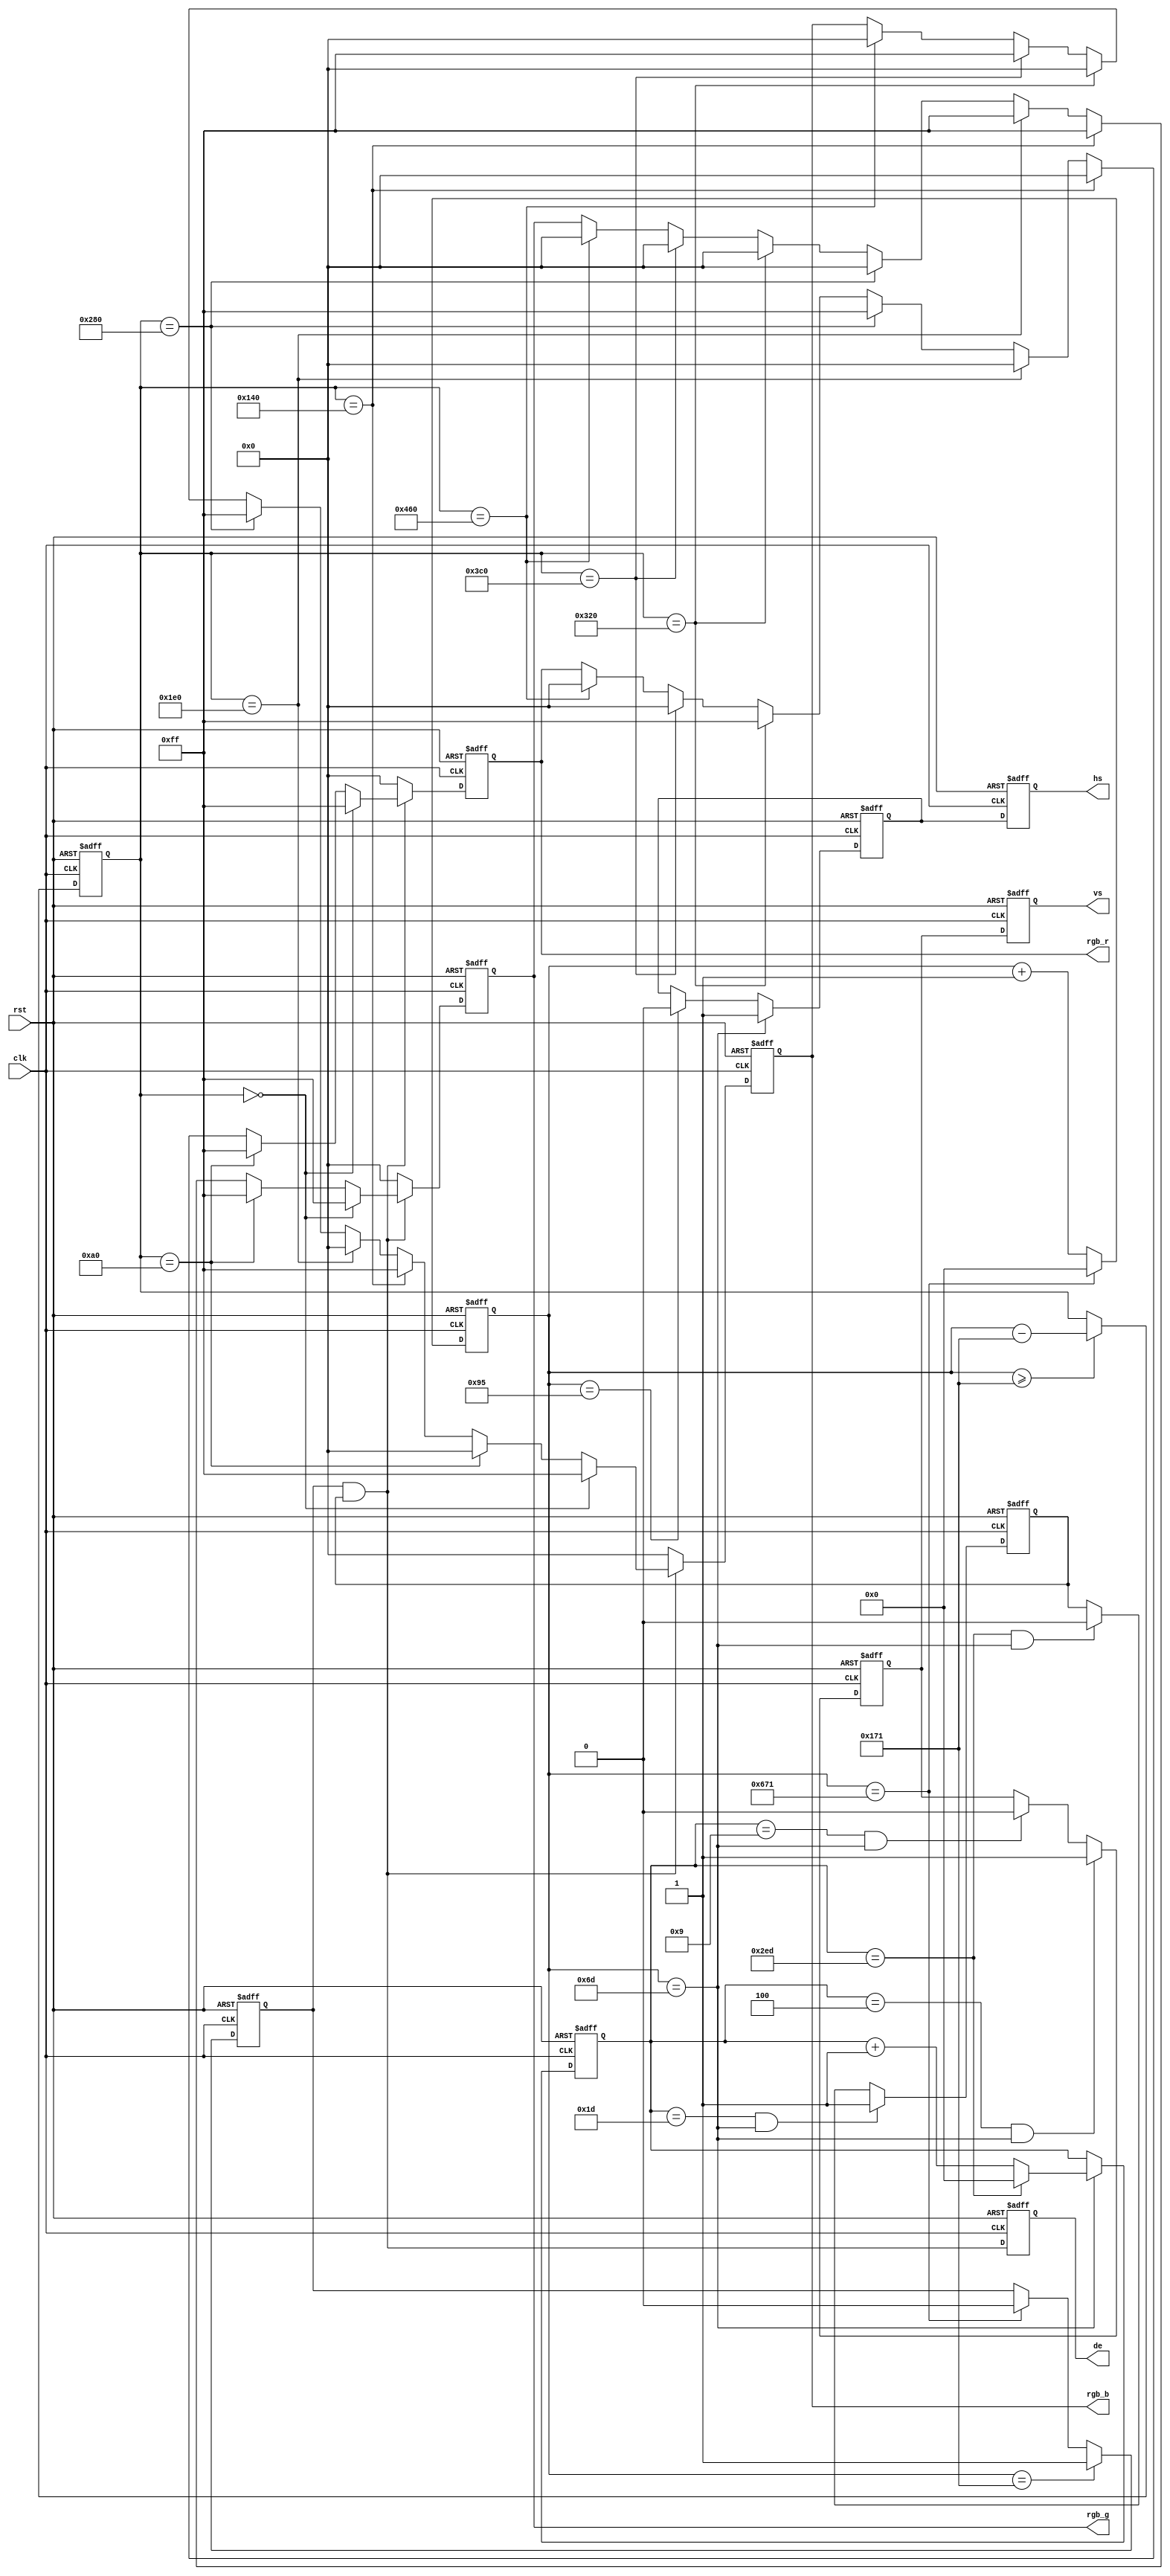
//*************************************************************************\
//==========================================================================
//   Description:
//  
//==========================================================================
//   Revision History:
//	Date		  By			Revision	Change Description
//--------------------------------------------------------------------------
//2013/5/7                     1.2         remove some warning
//2013/4/18                    1.1         vs timing
//2013/4/16	        		   1.0			Original
//*************************************************************************/
module color_bar(
	input clk,            //1280x720@60P74.25
	input rst,            //,
	output hs,            //
	output vs,            //
	output de,            //
	output[7:0] rgb_r,    //
	output[7:0] rgb_g,    //
	output[7:0] rgb_b     //
);
/***************************************************/
parameter H_ACTIVE = 16'd1280;  //
parameter H_FP = 16'd110;       //
parameter H_SYNC = 16'd40;      //
parameter H_BP = 16'd220;       //
parameter V_ACTIVE = 16'd720;   //
parameter V_FP 	= 16'd5;        //
parameter V_SYNC  = 16'd5;      //
parameter V_BP	= 16'd20;       //

//parameter H_ACTIVE = 16'd1920;
//parameter H_FP = 16'd88;
//parameter H_SYNC = 16'd44;
//parameter H_BP = 16'd148; 
//parameter V_ACTIVE = 16'd1080;
//parameter V_FP 	= 16'd4;
//parameter V_SYNC  = 16'd5;
//parameter V_BP	= 16'd36;
parameter H_TOTAL = H_ACTIVE + H_FP + H_SYNC + H_BP;//
parameter V_TOTAL = V_ACTIVE + V_FP + V_SYNC + V_BP;//
/*********RGB color bar*****************************/
parameter WHITE_R 		= 8'hff;
parameter WHITE_G 		= 8'hff;
parameter WHITE_B 		= 8'hff;
parameter YELLOW_R 		= 8'hff;
parameter YELLOW_G 		= 8'hff;
parameter YELLOW_B 		= 8'h00;                              	
parameter CYAN_R 		= 8'h00;
parameter CYAN_G 		= 8'hff;
parameter CYAN_B 		= 8'hff;                             	
parameter GREEN_R 		= 8'h00;
parameter GREEN_G 		= 8'hff;
parameter GREEN_B 		= 8'h00;
parameter MAGENTA_R 	= 8'hff;
parameter MAGENTA_G 	= 8'h00;
parameter MAGENTA_B 	= 8'hff;
parameter RED_R 		= 8'hff;
parameter RED_G 		= 8'h00;
parameter RED_B 		= 8'h00;
parameter BLUE_R 		= 8'h00;
parameter BLUE_G 		= 8'h00;
parameter BLUE_B 		= 8'hff;
parameter BLACK_R 		= 8'h00;
parameter BLACK_G 		= 8'h00;
parameter BLACK_B 		= 8'h00;
reg hs_reg;//,
reg vs_reg;//,
reg hs_reg_d0;//hs_reg
              //_d0d1d2
reg vs_reg_d0;//vs_reg
reg[11:0] h_cnt;//
reg[11:0] v_cnt;//
reg[11:0] active_x;//x
reg[11:0] active_y;//y
reg[7:0] rgb_r_reg;//r
reg[7:0] rgb_g_reg;//g
reg[7:0] rgb_b_reg;//b
reg h_active;//
reg v_active;//
wire video_active;//h_active & v_active
reg video_active_d0;
assign hs = hs_reg_d0;
assign vs = vs_reg_d0;
assign video_active = h_active & v_active;
assign de = video_active_d0;
assign rgb_r = rgb_r_reg;
assign rgb_g = rgb_g_reg;
assign rgb_b = rgb_b_reg;
always@(posedge clk or posedge rst)
begin
	if(rst)
		begin
			hs_reg_d0 <= 1'b0;
			vs_reg_d0 <= 1'b0;
			video_active_d0 <= 1'b0;
		end
	else
		begin
			hs_reg_d0 <= hs_reg;
			vs_reg_d0 <= vs_reg;
			video_active_d0 <= video_active;
		end
end

always@(posedge clk or posedge rst)
begin
	if(rst)
		h_cnt <= 12'd0;
	else if(h_cnt == H_TOTAL - 1)//
		h_cnt <= 12'd0;
	else
		h_cnt <= h_cnt + 12'd1;
end

always@(posedge clk or posedge rst)
begin
	if(rst)
		active_x <= 12'd0;
	else if(h_cnt >= H_FP + H_SYNC + H_BP - 1)//x
		active_x <= h_cnt - (H_FP[11:0] + H_SYNC[11:0] + H_BP[11:0] - 12'd1);
	else
		active_x <= active_x;
end

always@(posedge clk or posedge rst)
begin
	if(rst)
		v_cnt <= 12'd0;
	else if(h_cnt == H_FP  - 1)//H_FP - 1+1
		if(v_cnt == V_TOTAL - 1)//
			v_cnt <= 12'd0;
		else
			v_cnt <= v_cnt + 12'd1;//+1
	else
		v_cnt <= v_cnt;
end

always@(posedge clk or posedge rst)
begin
	if(rst)
		hs_reg <= 1'b0;
	else if(h_cnt == H_FP - 1)//...
		hs_reg <= 1'b1;
	else if(h_cnt == H_FP + H_SYNC - 1)//
		hs_reg <= 1'b0;
	else
		hs_reg <= hs_reg;
end

always@(posedge clk or posedge rst)
begin
	if(rst)
		h_active <= 1'b0;
	else if(h_cnt == H_FP + H_SYNC + H_BP - 1)
		h_active <= 1'b1;
	else if(h_cnt == H_TOTAL - 1)
		h_active <= 1'b0;
	else
		h_active <= h_active;
end

always@(posedge clk or posedge rst)
begin
	if(rst)
		vs_reg <= 1'd0;
	else if((v_cnt == V_FP - 1) && (h_cnt == H_FP - 1))
		vs_reg <= 1'b1;
	else if((v_cnt == V_FP + V_SYNC - 1) && (h_cnt == H_FP - 1))
		vs_reg <= 1'b0;	
	else
		vs_reg <= vs_reg;
end

always@(posedge clk or posedge rst)
begin
	if(rst)
		v_active <= 1'd0;
	else if((v_cnt == V_FP + V_SYNC + V_BP - 1) && (h_cnt == H_FP - 1))
		v_active <= 1'b1;
	else if((v_cnt == V_TOTAL - 1) && (h_cnt == H_FP - 1))
		v_active <= 1'b0;	
	else
		v_active <= v_active;
end

always@(posedge clk or posedge rst)
begin
	if(rst)
		begin
			rgb_r_reg <= 8'h00;
			rgb_g_reg <= 8'h00;
			rgb_b_reg <= 8'h00;
		end
	else if(video_active)
		if(active_x == 12'd0)
			begin
				rgb_r_reg <= WHITE_R;
				rgb_g_reg <= WHITE_G;
				rgb_b_reg <= WHITE_B;
			end
		else if(active_x == (H_ACTIVE/8) * 1)
			begin
				rgb_r_reg <= YELLOW_R;
				rgb_g_reg <= YELLOW_G;
				rgb_b_reg <= YELLOW_B;
			end			
		else if(active_x == (H_ACTIVE/8) * 2)
			begin
				rgb_r_reg <= CYAN_R;
				rgb_g_reg <= CYAN_G;
				rgb_b_reg <= CYAN_B;
			end
		else if(active_x == (H_ACTIVE/8) * 3)
			begin
				rgb_r_reg <= GREEN_R;
				rgb_g_reg <= GREEN_G;
				rgb_b_reg <= GREEN_B;
			end
		else if(active_x == (H_ACTIVE/8) * 4)
			begin
				rgb_r_reg <= MAGENTA_R;
				rgb_g_reg <= MAGENTA_G;
				rgb_b_reg <= MAGENTA_B;
			end
		else if(active_x == (H_ACTIVE/8) * 5)
			begin
				rgb_r_reg <= RED_R;
				rgb_g_reg <= RED_G;
				rgb_b_reg <= RED_B;
			end
		else if(active_x == (H_ACTIVE/8) * 6)
			begin
				rgb_r_reg <= BLUE_R;
				rgb_g_reg <= BLUE_G;
				rgb_b_reg <= BLUE_B;
			end	
		else if(active_x == (H_ACTIVE/8) * 7)
			begin
				rgb_r_reg <= BLACK_R;
				rgb_g_reg <= BLACK_G;
				rgb_b_reg <= BLACK_B;
			end
		else
			begin
				rgb_r_reg <= rgb_r_reg;
				rgb_g_reg <= rgb_g_reg;
				rgb_b_reg <= rgb_b_reg;
			end			
	else
		begin
			rgb_r_reg <= 8'h00;
			rgb_g_reg <= 8'h00;
			rgb_b_reg <= 8'h00;
		end
end

endmodule